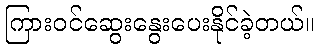
ကြားဝင်ဆွေးနွေးပေးနိုင်ခဲ့တယ်။